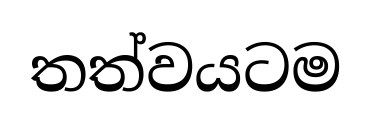
තත්වයටම